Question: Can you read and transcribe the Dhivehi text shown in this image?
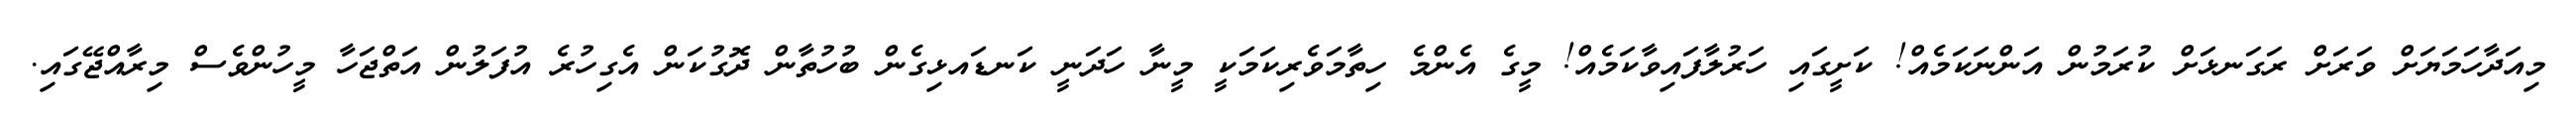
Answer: މިއަދާހަމަޔަށް ވަރަށް ރަގަނޅަށް ކުރަމުން އަންނަކަމެއް! ކަށީގައި ހަރުލާފައިވާކަމެއް! މީގެ އެންމެ ހިތާމަވެރިކަމަކީ މީނާ ހަދަނީ ކަނޑައޅިގެން ބުހުތާން ދޮގުކަން އެގިހުރެ އުފަލުން އަތްޖަހާ މީހުންވެސް މިރާއްޖޭގައި.